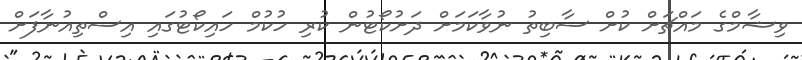
ވިޝާމްގެ މައްޗަށް ކުށް ސާބިތު ނުވާކަމަށް ދަށުކޯޓުން ކުރި ހުކުމް ހައިކޯޓުގައި އިސްތިއުނާފަށް